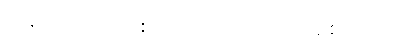
တစ်ယောက် ဖြစ်ကြောင်းလည်း သိစေသည်။